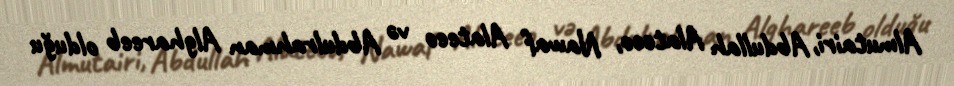
Almutairi, Abdullah Alateeo, Nawaf Alateeo və Abdulrahman Alghareeb olduğu